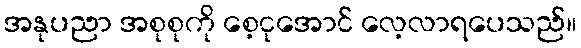
အနုပညာ အစုစုကို စေ့ငုအောင် လေ့လာရပေသည်။